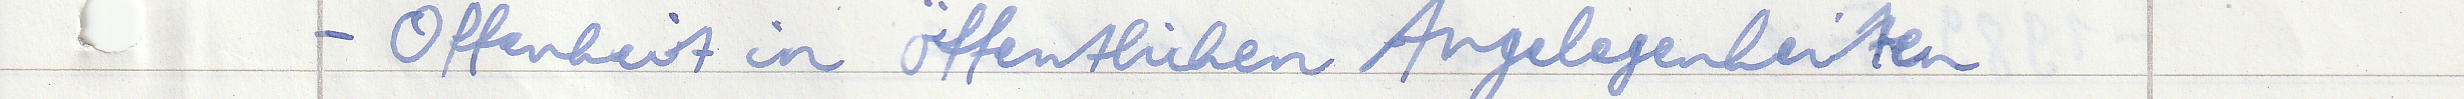
- Offenheit in öffentlichen Angelegenheiten